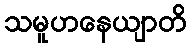
သမူဟနေယျာတိ